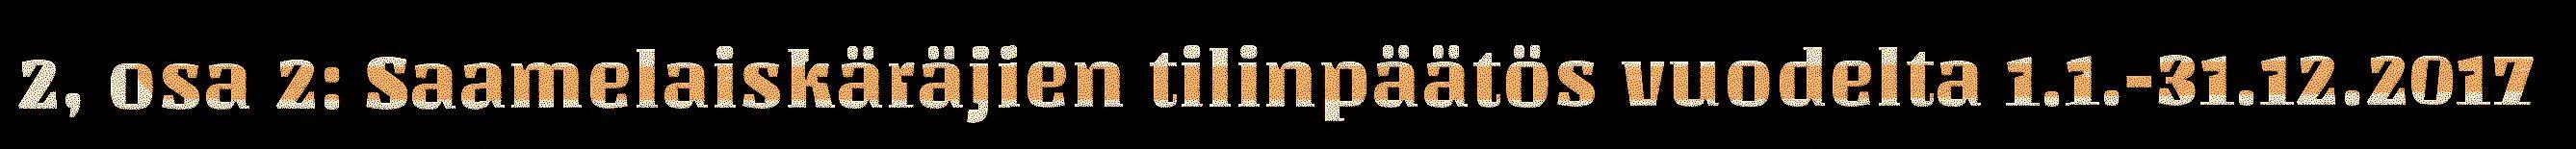
2, osa 2: Saamelaiskäräjien tilinpäätös vuodelta 1.1.-31.12.2017